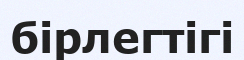
бірлегтігі